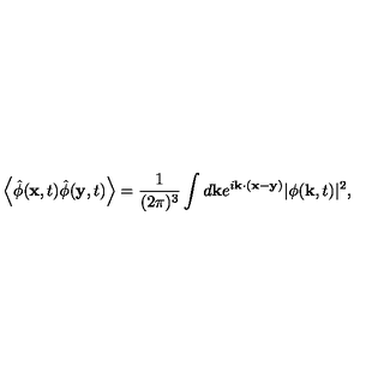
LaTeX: \left< \hat { \phi } ( { \bf x } , t ) \hat { \phi } ( { \bf y } , t ) \right> = \frac { 1 } { ( 2 \pi ) ^ { 3 } } \int d { \bf k } e ^ { i { \bf k } \cdot ( { \bf x } - { \bf y } ) } | \phi ( { \bf k } , t ) | ^ { 2 } ,